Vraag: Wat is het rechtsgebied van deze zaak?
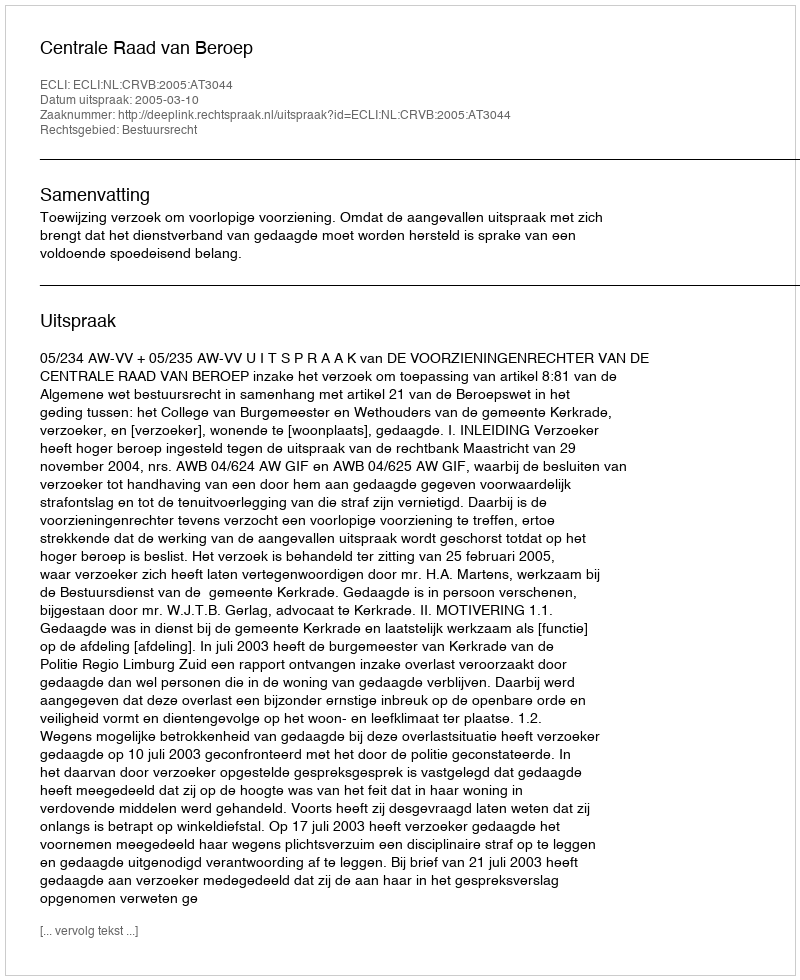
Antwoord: Bestuursrecht